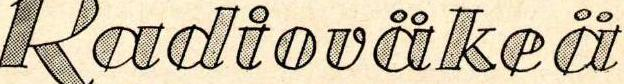
Radioväkeä